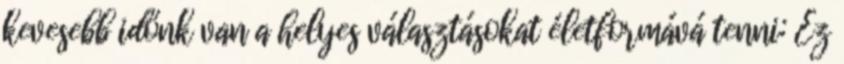
kevesebb időnk van a helyes választásokat életformává tenni: Ez